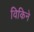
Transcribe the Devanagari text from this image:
विकिने